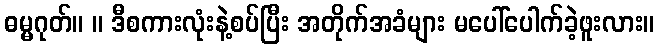
ဓမ္မဂုတ်။ ။ ဒီစကားလုံးနဲ့စပ်ပြီး အတိုက်အခံများ မပေါ်ပေါက်ခဲ့ဖူးလား။